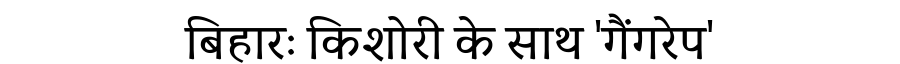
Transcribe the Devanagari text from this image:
बिहारः किशोरी के साथ 'गैंगरेप'